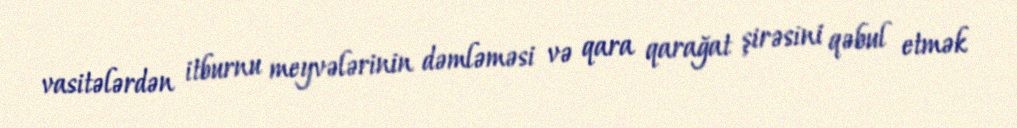
vasitələrdən itburnu meyvələrinin dəmləməsi və qara qarağat şirəsini qəbul etmək